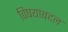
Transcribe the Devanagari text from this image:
विषयांबद्दल